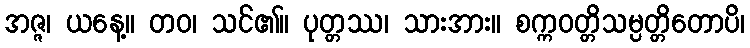
အဇ္ဇ၊ ယနေ့။ တဝ၊ သင်၏။ ပုတ္တဿ၊ သားအား။ စက္ကဝတ္တိသမ္ပတ္တိတောပိ၊